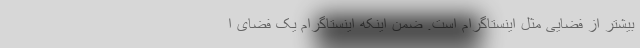
بیشتر از فضایی مثل اینستاگرام است. ضمن اینکه اینستاگرام یک فضای ا